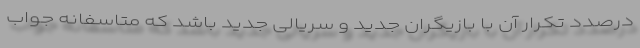
درصدد تکرار آن با بازیگران جدید و سریالی جدید باشد که متاسفانه جواب